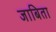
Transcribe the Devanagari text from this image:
जाबिता